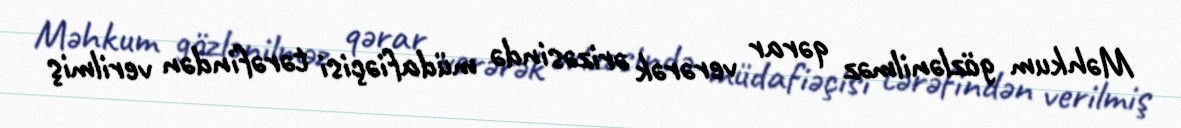
Məhkum gözlənilməz qərar verərək ərizəsində müdafiəçisi tərəfindən verilmiş